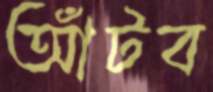
আঁটব